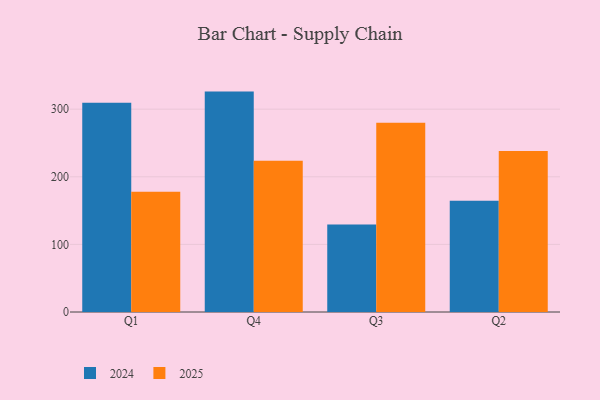
{"axis": {"x": "Quarter", "y": "Gross Profit (USD K)"}, "legend": ["2024", "2025"], "data": [{"x": "Q1", "y": 309.4, "type": "2024"}, {"x": "Q1", "y": 177.7, "type": "2025"}, {"x": "Q4", "y": 326.0, "type": "2024"}, {"x": "Q4", "y": 223.9, "type": "2025"}, {"x": "Q3", "y": 129.4, "type": "2024"}, {"x": "Q3", "y": 279.8, "type": "2025"}, {"x": "Q2", "y": 164.7, "type": "2024"}, {"x": "Q2", "y": 238.2, "type": "2025"}]}